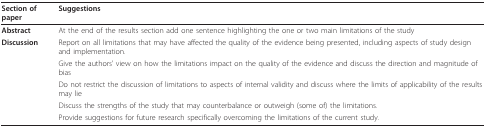
| Section of paper | Suggestions |
 | --- | --- |
 | Abstract | At the end of the results section add one sentence highlighting the one or two main limitations of the study |
 | Discussion | Report on all limitations that may have affected the quality of the evidence being presented, including aspects of study design and implementation. |
 |  | Give the authors' view on how the limitations impact on the quality of the evidence and discuss the direction and magnitude of bias |
 |  | Do not restrict the discussion of limitations to aspects of internal validity and discuss where the limits of applicability of the results may lie |
 |  | Discuss the strengths of the study that may counterbalance or outweigh (some of) the limitations. |
 |  | Provide suggestions for future research specifically overcoming the limitations of the current study. |